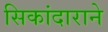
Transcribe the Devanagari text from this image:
सिकांदाराने